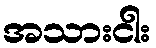
အသားငါး